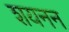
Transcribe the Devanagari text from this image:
शयनन